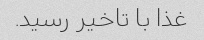
غذا با تاخیر رسید.